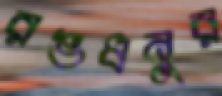
রঙধনুর